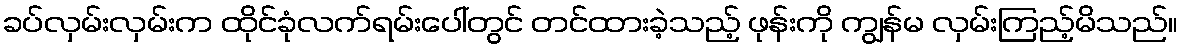
ခပ်လှမ်းလှမ်းက ထိုင်ခုံလက်ရမ်းပေါ်တွင် တင်ထားခဲ့သည့် ဖုန်းကို ကျွန်မ လှမ်းကြည့်မိသည်။